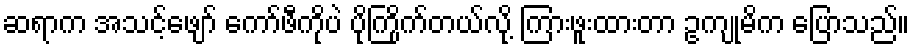
ဆရာက အသင့်ဖျော် ကော်ဖီကိုပဲ ပိုကြိုက်တယ်လို့ ကြားဖူးထားတာ ဥကျုမိက ပြောသည်။